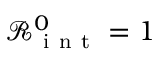
\mathcal { R } _ { \mathrm { ~ i ~ n ~ t ~ } } ^ { 0 } = 1